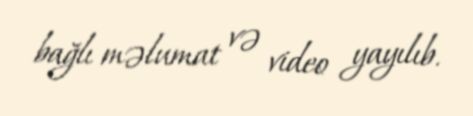
bağlı məlumat və video yayılıb.